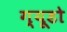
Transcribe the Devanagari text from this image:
ग्यूडो